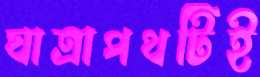
যাত্রাপথটিই